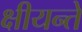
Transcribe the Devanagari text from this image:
क्षीयन्ते